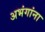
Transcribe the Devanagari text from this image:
अभंगांना